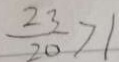
\frac { 2 3 } { 2 0 } > 1